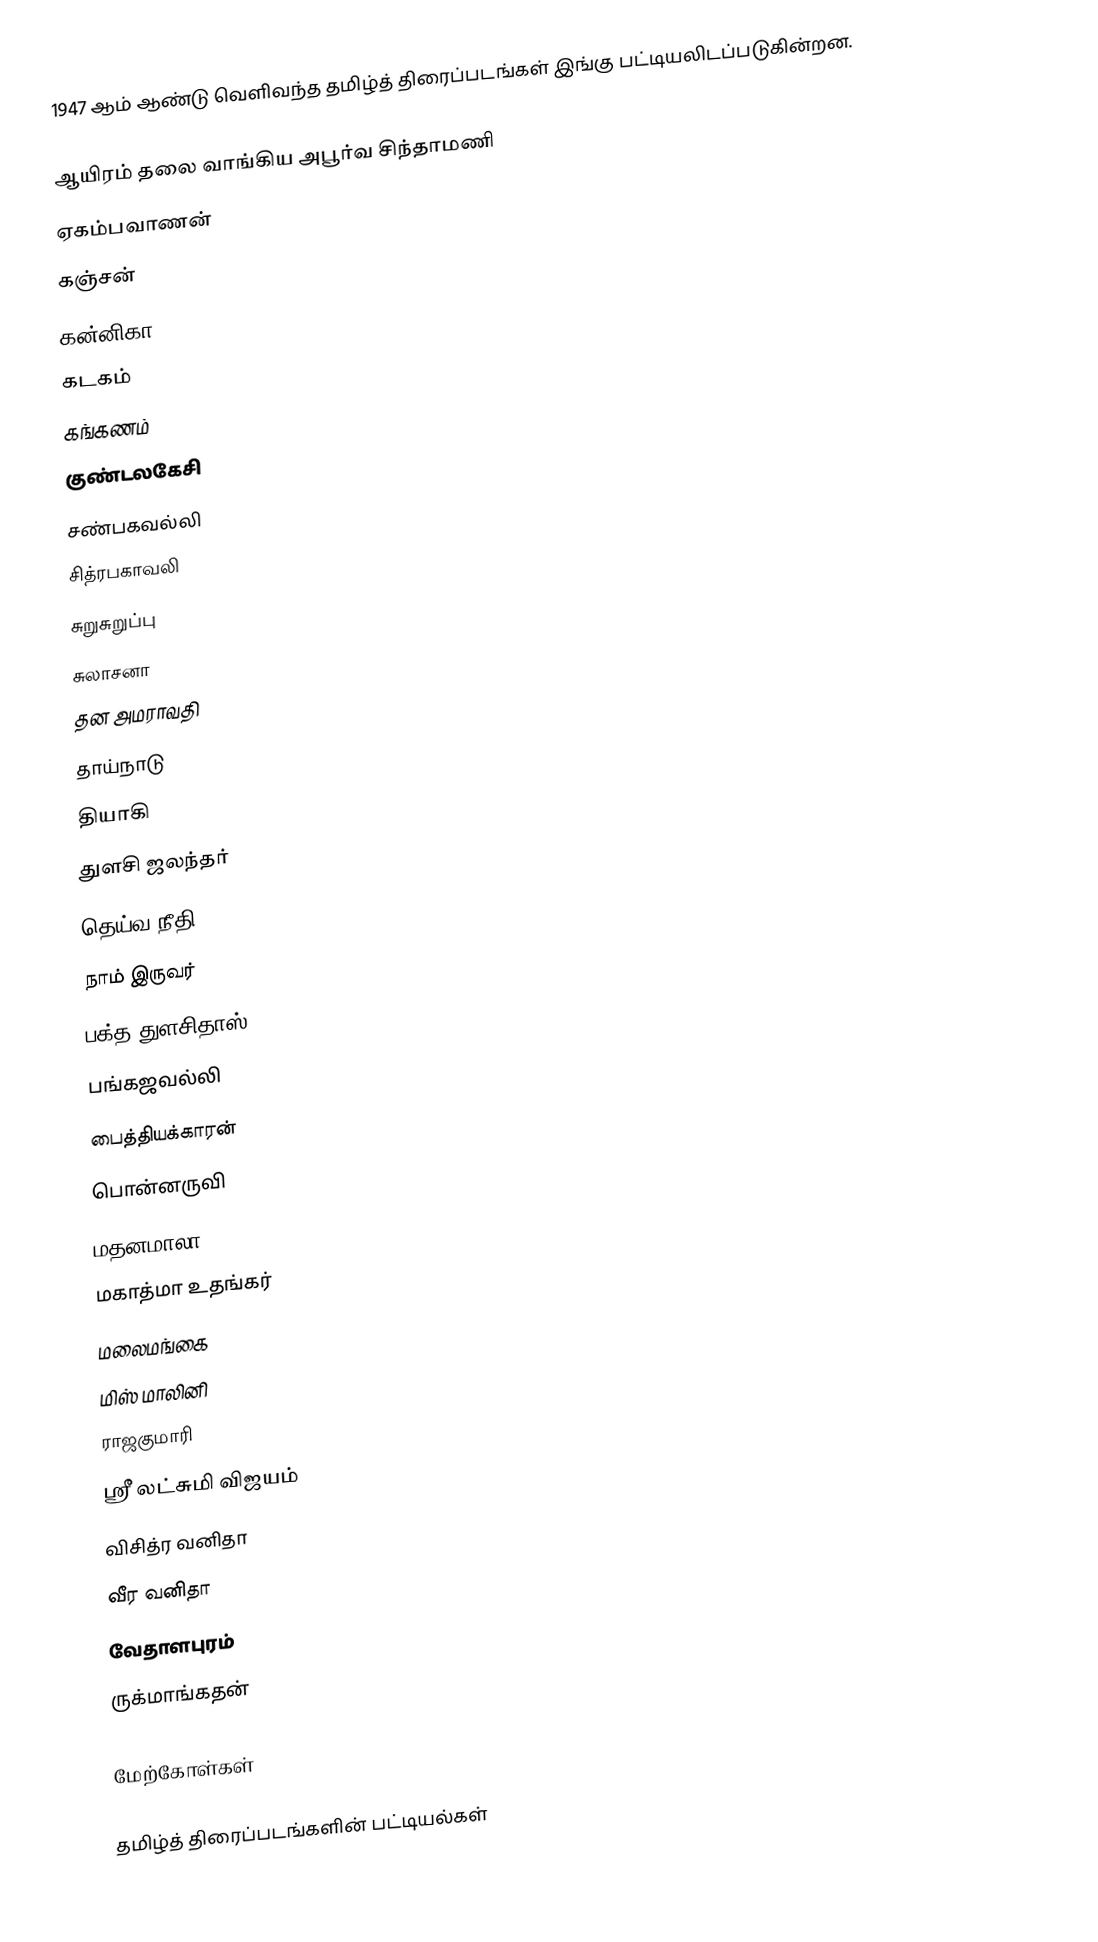
1947 ஆம் ஆண்டு வெளிவந்த தமிழ்த் திரைப்படங்கள் இங்கு பட்டியலிடப்படுகின்றன.

 ஆயிரம் தலை வாங்கிய அபூர்வ சிந்தாமணி
 ஏகம்பவாணன்
 கஞ்சன்
 கன்னிகா
 கடகம்
 கங்கணம்
 குண்டலகேசி
 சண்பகவல்லி
 சித்ரபகாவலி
 சுறுசுறுப்பு
 சுலாசனா
 தன அமராவதி
 தாய்நாடு
 தியாகி
 துளசி ஜலந்தர்
 தெய்வ நீதி
 நாம் இருவர்
 பக்த துளசிதாஸ்
 பங்கஜவல்லி
 பைத்தியக்காரன்
 பொன்னருவி
 மதனமாலா
 மகாத்மா உதங்கர்
 மலைமங்கை
 மிஸ் மாலினி
 ராஜகுமாரி
 ஸ்ரீ லட்சுமி விஜயம்
 விசித்ர வனிதா
 வீர வனிதா
 வேதாளபுரம்
 ருக்மாங்கதன்

மேற்கோள்கள்

தமிழ்த் திரைப்படங்களின் பட்டியல்கள்